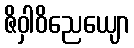
ဇိဝှါဝိညေယျော